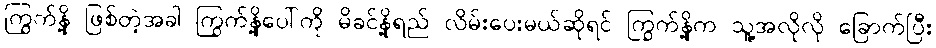
ကြွက်နို့ ဖြစ်တဲ့အခါ ကြွက်နို့ပေါ်ကို မိခင်နို့ရည် လိမ်းပေးမယ်ဆိုရင် ကြွက်နို့က သူ့အလိုလို ခြောက်ပြီး